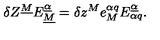
\delta Z ^ { \underline { M } } E _ { \underline { M } } ^ { \underline { \alpha } } = \delta z ^ { M } e _ { M } ^ { \alpha q } E _ { \alpha q } ^ { \underline { \alpha } } .